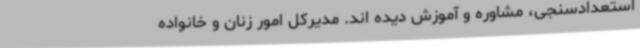
استعدادسنجی، مشاوره و آموزش دیده اند. مدیرکل امور زنان و خانواده